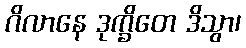
ဂိလာနေ ဒုက္ခိတေ ဒိသွာ၊